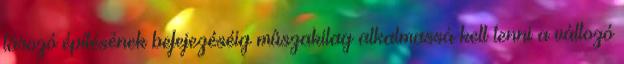
tározó építésének befejezéséig mûszakilag alkalmassá kell tenni a változó